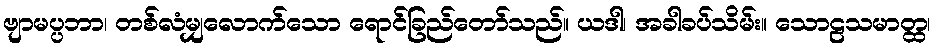
ဗျာမပ္ပဘာ၊ တစ်လံမျှလောက်သော ရောင်ခြည်တော်သည်။ ယဒါ၊ အခါခပ်သိမ်း။ သောဠသမာတ္ထ၊